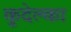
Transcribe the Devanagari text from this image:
कुदेल्का